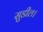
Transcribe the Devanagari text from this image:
सुडील।